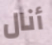
أنال